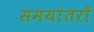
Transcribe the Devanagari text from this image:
समयांतरों